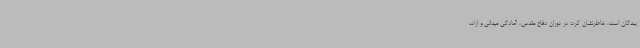
یندگان است، خاطرنشان کرد: در دوران دفاع مقدس، آمادگی میدانی و اراده